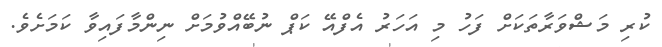
ކުރި މަޝްވަރާތަކަށް ފަހު މި އަހަރު އެފްއޭ ކަޕް ނުބޭއްވުމަށް ނިންމާފައިވާ ކަމަށެވެ.